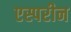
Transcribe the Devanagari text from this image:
एस्परीन